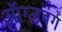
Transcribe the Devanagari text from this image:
ऑग्ज़बर्ग